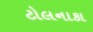
ટોલનાકા